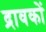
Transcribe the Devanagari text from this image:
द्रावकों